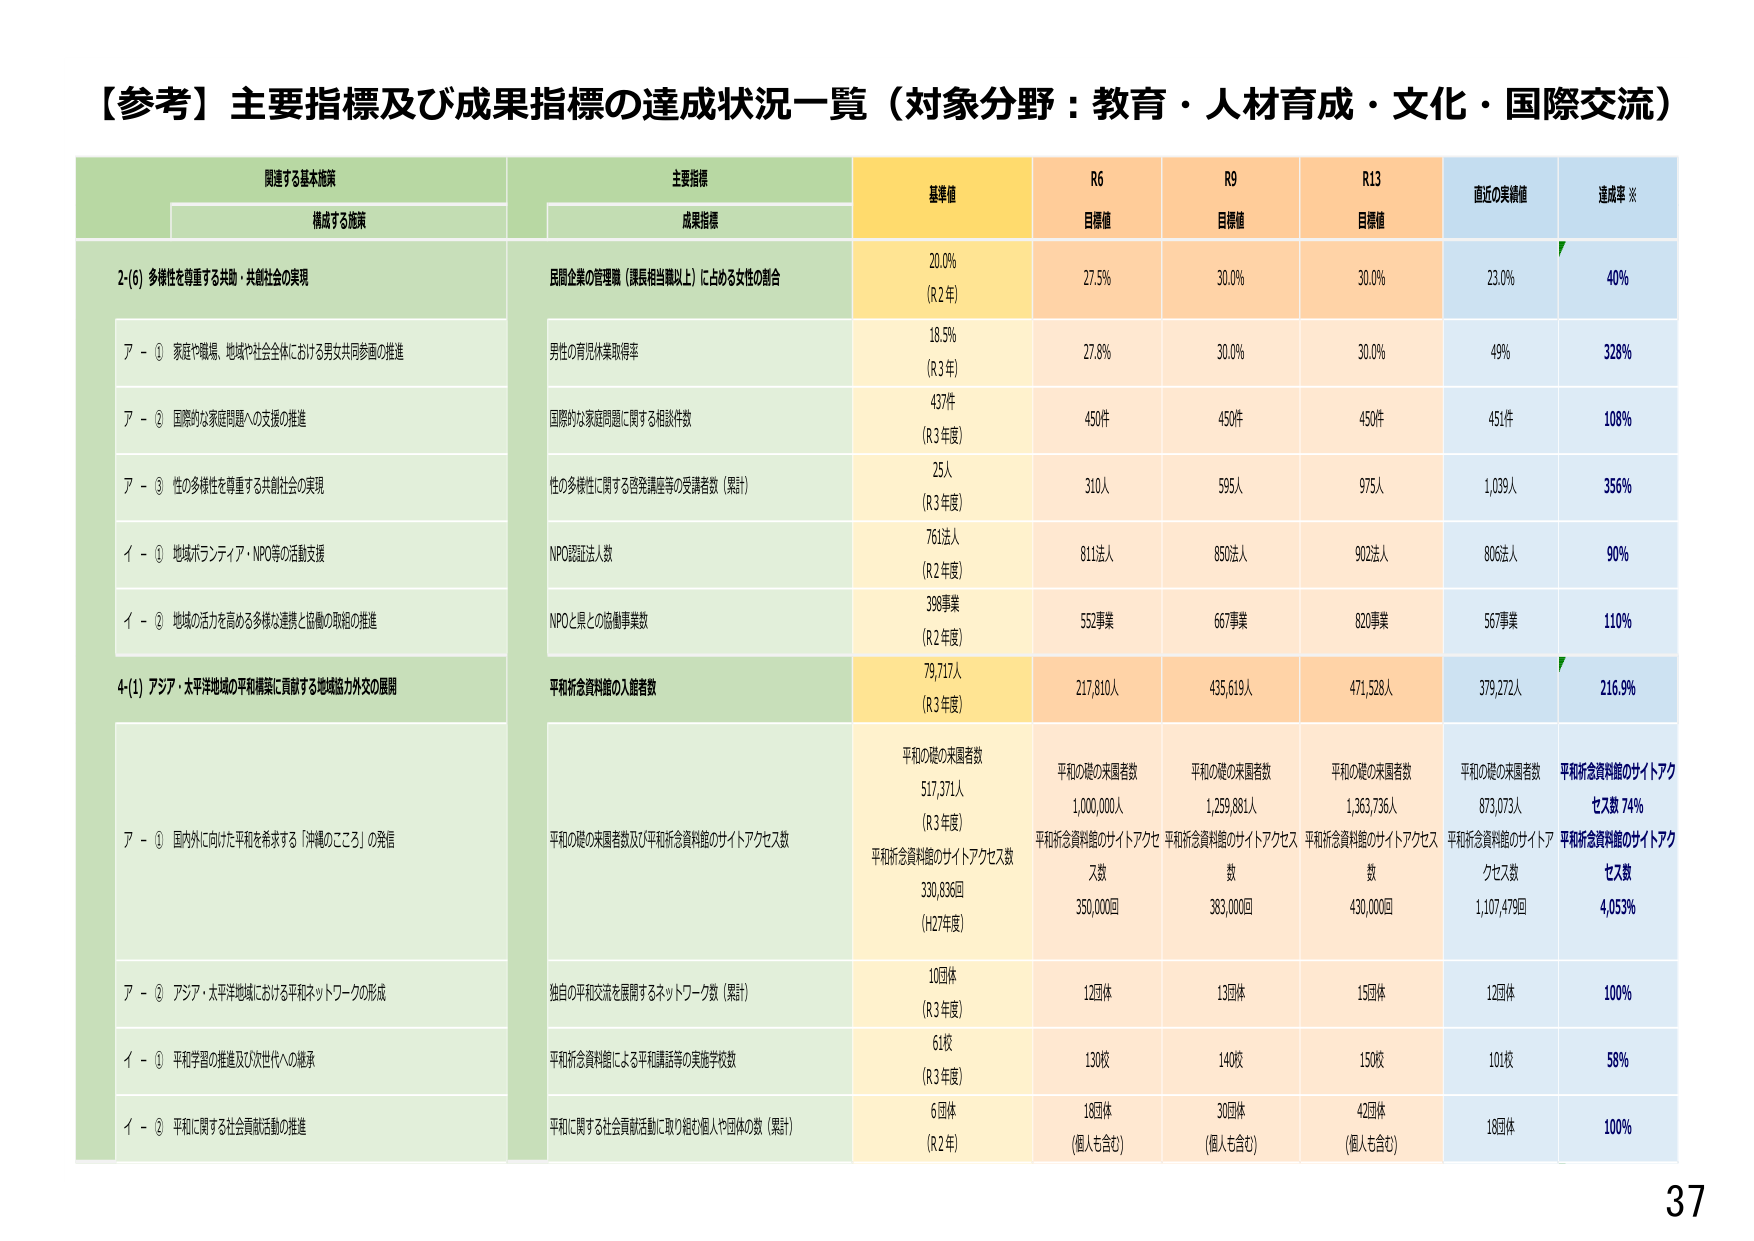
【参考】主要指標及び成果指標の達成状況一覧（対象分野：教育・人材育成・文化・国際交流）

関連する基本施策
構成する施策

主要指標
成果指標

基準値
R6
目標値
R9
目標値
R13
目標値
直近の実績値
達成率 ※

2-(6) 多様性を尊重する共助・共創社会の実現

民間企業の管理職（課長相当職以上）に占める女性の割合
20.0%
（R2年）
27.5%
30.0%
30.0%
23.0%
40%

ア - ① 家庭や職場、地域や社会全体における男女共同参画の推進

男性の育児休業取得率
18.5%
（R3年）
27.8%
30.0%
30.0%
49%
328%

ア - ② 国際的な家庭問題への支援の推進

国際的な家庭問題に関する相談件数
437件
（R3年度）
450件
450件
450件
451件
108%

ア - ③ 性の多様性を尊重する共創社会の実現

性の多様性に関する啓発講座等の受講者数（累計）
25人
（R3年度）
310人
595人
975人
1,039人
356%

イ - ① 地域ボランティア・NPO等の活動支援

NPO認証法人数
761法人
（R2年度）
811法人
850法人
902法人
806法人
90%

イ - ② 地域の活力を高める多様な連携と協働の取組の推進

NPOと県との協働事業数
398事業
（R2年度）
552事業
667事業
820事業
567事業
110%

4-(1) アジア・太平洋地域の平和構築に貢献する地域協力外交の展開

平和祈念資料館の入館者数
79,717人
（R3年度）
217,810人
435,619人
471,528人
379,272人
216.9%

ア - ① 国内外に向けた平和を希求する「沖縄のこころ」の発信

平和の礎の来園者数及び平和祈念資料館のサイトアクセス数
平和の礎の来園者数
517,371人
（R3年度）
平和祈念資料館のサイトアクセス数
330,836回
（H27年度）
平和の礎の来園者数
1,000,000人
平和祈念資料館のサイトアクセス数
350,000回
平和の礎の来園者数
1,259,881人
平和祈念資料館のサイトアクセス数
383,000回
平和の礎の来園者数
1,363,736人
平和祈念資料館のサイトアクセス数
430,000回
平和の礎の来園者数
873,073人
平和祈念資料館のサイトアクセス数
1,107,479回
平和祈念資料館のサイトアクセス数 74%
平和祈念資料館のサイトアクセス数
4,053%

ア - ② アジア・太平洋地域における平和ネットワークの形成

独自の平和交流を展開するネットワーク数（累計）
10団体
（R3年度）
12団体
13団体
15団体
12団体
100%

イ - ① 平和学習の推進及び次世代への継承

平和祈念資料館による平和講話等の実施学校数
61校
（R3年度）
130校
140校
150校
101校
58%

イ - ② 平和に関する社会貢献活動の推進

平和に関する社会貢献活動に取り組む個人や団体の数（累計）
6団体
（R2年）
18団体
（個人も含む）
30団体
（個人も含む）
42団体
（個人も含む）
18団体
100%

37